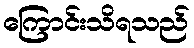
ကြောင်းသိရသည်